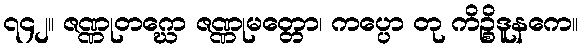
၇၄၂။ ဇဏ္ဏုတဂ္ဃော ဇဏ္ဏုမတ္တော၊ ကပ္ပော တု ကိဉ္စိဒူနကေ။